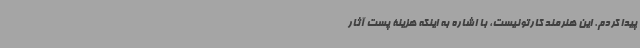
پیدا کردم. این هنرمند کارتونیست، با اشاره به اینکه هزینۀ پست آثار